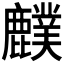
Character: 𪋡